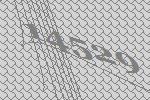
14529